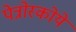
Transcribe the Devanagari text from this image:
पेत्रोस्कोये